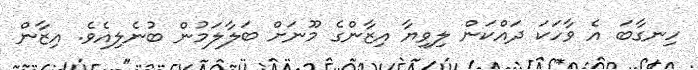
ހިނގާބަ އެ ވާހަކަ ދައްކަން ލިވިޔާ އިޒާންގެ މޫނަށް ބަލާލަމުން ބުނެލިއެވެ. އިޒާން